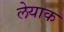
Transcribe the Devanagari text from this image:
लेयाक